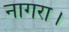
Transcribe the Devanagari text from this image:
नागरा।